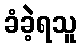
ခံခဲ့ရသူ